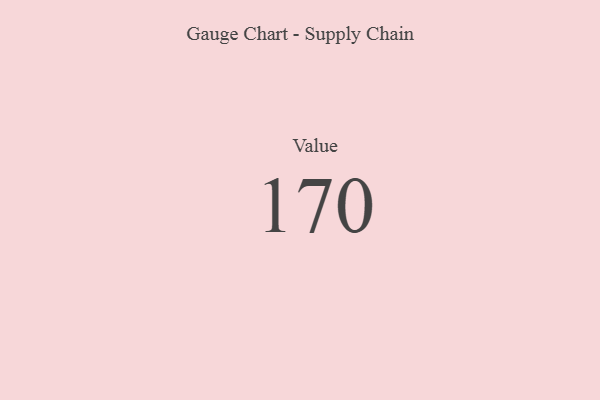
{"axis": {"x": "Metric", "y": "Value"}, "legend": [""], "data": [{"x": "Value", "y": 170, "type": ""}]}